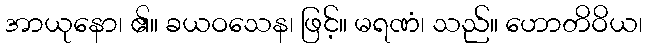
အာယုနော၊ ၏။ ခယဝသေန၊ ဖြင့်။ မရဏံ၊ သည်။ ဟောတိဝိယ၊